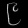
Digit: ၉